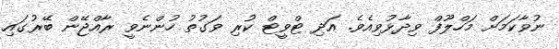
ނުވާކަމަށް މަހްލޫފް ވިދާޅުވިއެވެ. އަދި ޓްވީޓް ކުރި ވަގުތު ހުންނެވީ ރާއްޖޭން ބޭރުގައި